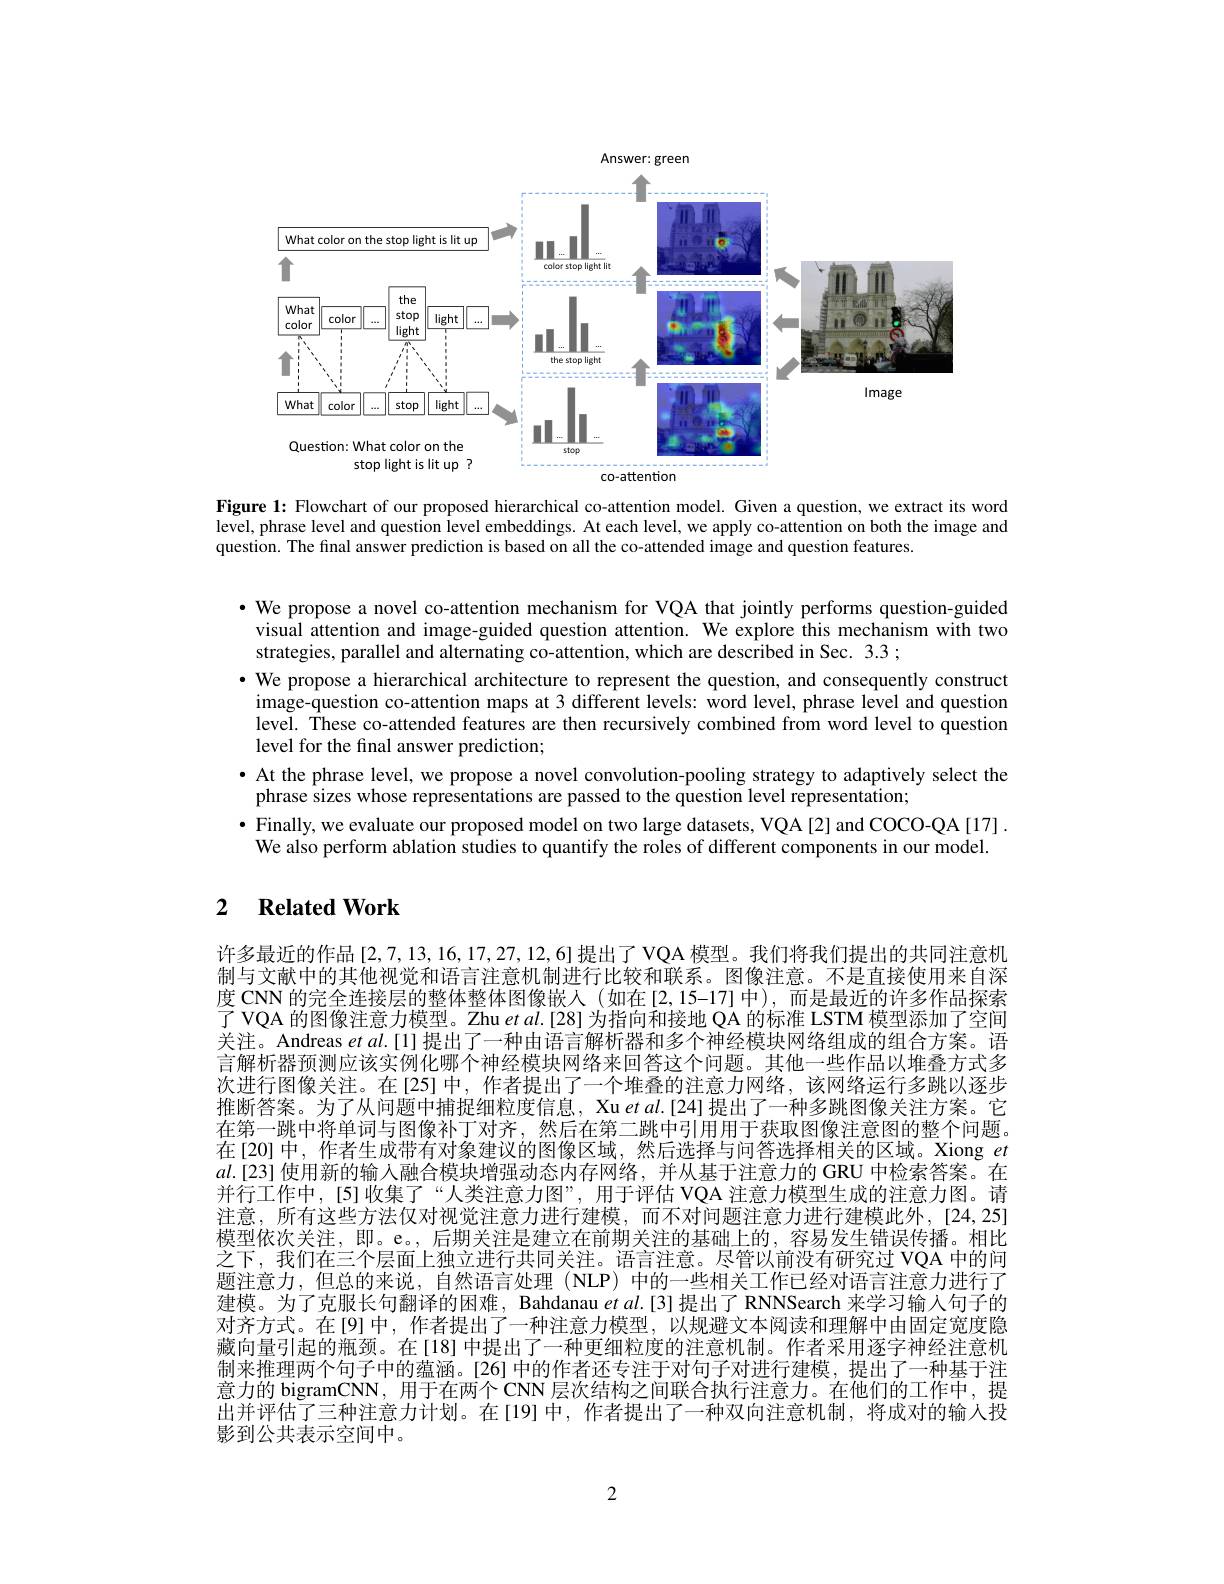
Answer: green
<FigureHere>

Figure 1: Flowchart of our proposed hierarchical co-attention model. Given a question, we extract its word level, phrase level and question level embeddings. At each level, we apply co-attention on both the image and question. The final answer prediction is based on all the co-attended image and question features.

$\bullet$ We propose a novel co-attention mechanism for VQA that jointly performs question-guided
visual attention and image-guided question attention. We explore this mechanism with two
strategies, parallel and alternating co-attention, which are described in Sec. 3.3 ;
· We propose a hierarchical architecture to represent the question, and consequently construct image-question co-attention maps at 3 different levels: word level, phrase level and question level. These co-attended features are then recursively combined from word level to question level for the final answer prediction;
· At the phrase level, we propose a novel convolution-pooling strategy to adaptively select the
phrase sizes whose representations are passed to the question level representation;
$\bullet$ Finally, we evaluate our proposed model on two large datasets, VQA[2] and COCO-QA[17]. We also perform ablation studies to quantify the roles of different components in our model.

## 2 $\textbf{Related Work}$

许多最近的作品[2,7,13,16,17,27,12,6]提出了 VQA 模型。我们将我们提出的共同注意机制与文献中的其他视觉和语言注意机制进行比较和联系。图像注意。不是直接使用来自深度 CNN 的完全连接层的整体整体图像嵌人 (如在[2,15-17]中),而是最近的许多作品探索了 VQA 的图像注意力模型。Zhu et al.[28] 为指向和接地 QA 的标准 LSTM 模型添加了空间关注。Andreas $etal.[1]$提出了一种由语言解析器和多个神经模块网络组成的组合方案。语言解析器预测应该实例化哪个神经模块网络来回答这个问题。其他一些作品以堆叠方式多次进行图像关注。在[25]中，作者提出了一个堆叠的注意力网络，该网络运行多跳以逐步推断答案。为了从问题中捕捉细粒度信息，Xu $etal.[24]$提出了一种多跳图像关注方案。它在第一跳中将单词与图像补丁对齐，然后在第二跳中引用用于获取图像注意图的整个问题。在[20]中，作者生成带有对象建议的图像区域，然后选择与问答选择相关的区域。Xiong $et$ $al.[23]$使用新的输入融合模块增强动态内存网络，并从基于注意力的 GRU 中检索答案。在并行工作中，[5]收集了“人类注意力图”,用于评估 VQA 注意力模型生成的注意力图。请注意，所有这些方法仅对视觉注意力进行建模，而不对问题注意力进行建模此外，[24,25] 模型依次关注，即。e。, 后期关注是建立在前期关注的基础上的，容易发生错误传播。相比之下，我们在三个层面上独立进行共同关注。语言注意。尽管以前没有研究过 VQA 中的问题注意力，但总的来说，自然语言处理(NLP)中的一些相关工作已经对语言注意力进行了建模。为了克服长句翻译的困难，Bahdanau $etal.[3]$提出了 RNNSearch 来学习输人句子的对齐方式。在[9]中，作者提出了一种注意力模型，以规避文本阅读和理解中由固定宽度隐藏向量引起的瓶颈。在[18] 中提出了一种更细粒度的注意机制。作者采用逐字神经注意机制来推理两个句子中的蕴涵。[26] 中的作者还专注于对句子对进行建模，提出了一种基于注意力的 bigramCNN, 用于在两个 CNN 层次结构之间联合执行注意力。在他们的工作中，提出并评估了三种注意力计划。在[19]中，作者提出了一种双向注意机制，将成对的输入投影到公共表示空间中。

2